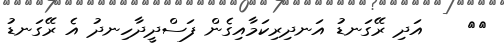
١٧    އަދި ރޭގަނޑު އަނދިރިކަމާއިގެން ފަސްދީދާހިނދު އެ ރޭގަނޑު